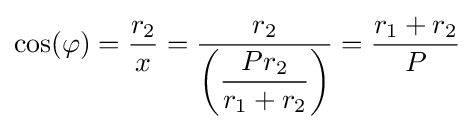
\cos(\varphi )={\frac {r_{2}}{x}}={\frac {r_{2}}{\left({\dfrac {Pr_{2}}{r_{1}+r_{2}}}\right)}}={\frac {r_{1}+r_{2}}{P}}\,\!